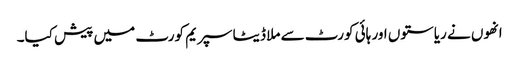
انھوں نے ریاستوں اور ہائی کورٹ سے ملا ڈیٹا سپریم کورٹ میں پیش کیا۔